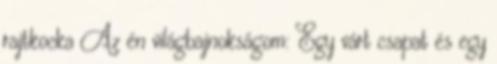
rajtkocka Az én világbajnokságom: Egy várt csapat és egy